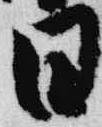
日